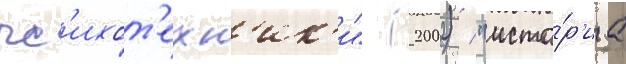
пс'ихот'ехн'ик'и" (2002) / "исто́р'иа